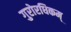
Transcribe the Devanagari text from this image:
गुरोरधिकम्